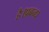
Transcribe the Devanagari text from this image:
है।प्रबन्ध